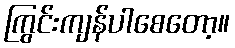
ကြွင်းကျန်ပါစေတော့။